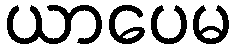
ယာပေမ